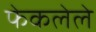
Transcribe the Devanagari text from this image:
फेकलेले